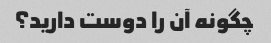
چگونه آن را دوست دارید؟